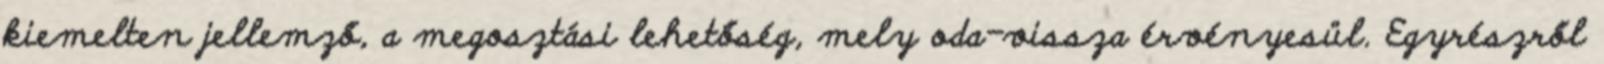
kiemelten jellemző, a megosztási lehetőség, mely oda-vissza érvényesül. Egyrészről